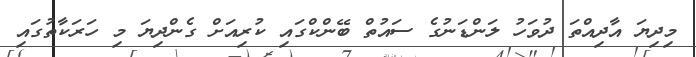
މިދިޔަ އާދިއްތަ ދުވަހު ލަންޑަނުގެ ސައުތް ބޭންކްގައި ކުރިއަށް ގެންދިޔަ މި ހަރަކާތުގައި